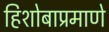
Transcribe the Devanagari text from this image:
हिशोबाप्रमाणे